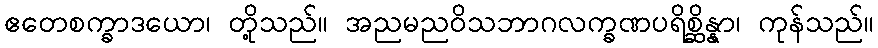
ဧတေစက္ခာဒယော၊ တို့သည်။ အညမညဝိသဘာဂလက္ခဏပရိစ္ဆိန္နာ၊ ကုန်သည်။